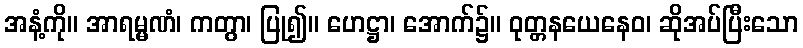
အနံ့ကို။ အာရမ္မဏံ၊ ကတွာ၊ ပြု၍။ ဟေဋ္ဌာ၊ အောက်၌။ ဝုတ္တနယေနေဝ၊ ဆိုအပ်ပြီးသော